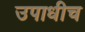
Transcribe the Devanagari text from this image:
उपाधीच